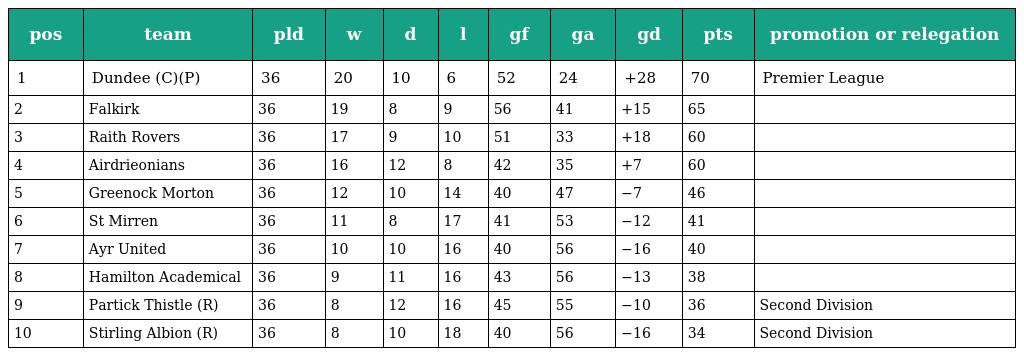
| pos | team | pld | w | d | l | gf | ga | gd | pts | promotion or relegation |
 | --- | --- | --- | --- | --- | --- | --- | --- | --- | --- | --- |
 | 1 | Dundee (C)(P) | 36 | 20 | 10 | 6 | 52 | 24 | +28 | 70 | Premier League |
 | 2 | Falkirk | 36 | 19 | 8 | 9 | 56 | 41 | +15 | 65 |  |
 | 3 | Raith Rovers | 36 | 17 | 9 | 10 | 51 | 33 | +18 | 60 |  |
 | 4 | Airdrieonians | 36 | 16 | 12 | 8 | 42 | 35 | +7 | 60 |  |
 | 5 | Greenock Morton | 36 | 12 | 10 | 14 | 40 | 47 | −7 | 46 |  |
 | 6 | St Mirren | 36 | 11 | 8 | 17 | 41 | 53 | −12 | 41 |  |
 | 7 | Ayr United | 36 | 10 | 10 | 16 | 40 | 56 | −16 | 40 |  |
 | 8 | Hamilton Academical | 36 | 9 | 11 | 16 | 43 | 56 | −13 | 38 |  |
 | 9 | Partick Thistle (R) | 36 | 8 | 12 | 16 | 45 | 55 | −10 | 36 | Second Division |
 | 10 | Stirling Albion (R) | 36 | 8 | 10 | 18 | 40 | 56 | −16 | 34 | Second Division |